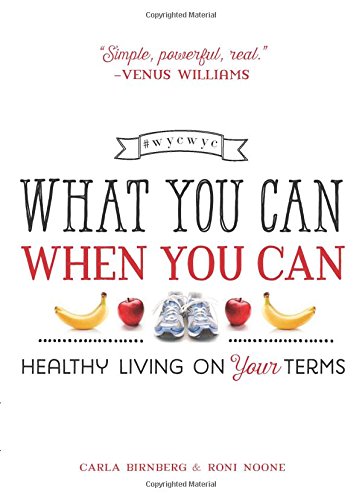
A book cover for What You Can When You Can: Healthy Living on Your Terms; Carla Birnberg; Self-Help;